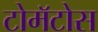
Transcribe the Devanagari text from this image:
टोमॅटोस